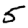
Digit: 5